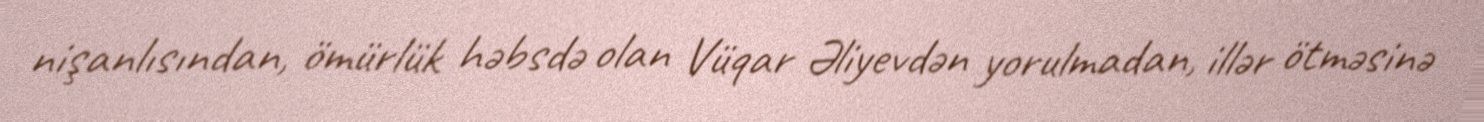
nişanlısından, ömürlük həbsdə olan Vüqar Əliyevdən yorulmadan, illər ötməsinə